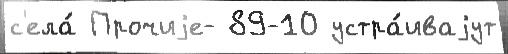
с'ела́ Прочиjе- 89-10 устра́иваjут